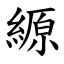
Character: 縓